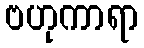
ဗဟုကာရာ